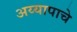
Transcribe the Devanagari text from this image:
अय्यापाचे